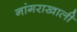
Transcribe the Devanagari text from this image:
नांगराखाली